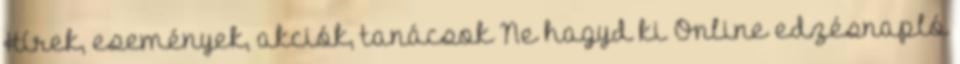
Hírek, események, akciók, tanácsok Ne hagyd ki Online edzésnapló